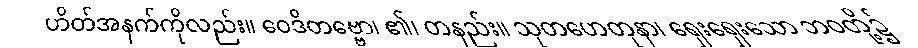
ဟိတ်အနက်ကိုလည်း။ ဝေဒိတဗ္ဗော၊ ၏၊ တနည်း။ သုတဟေတုနာ၊ ရှေးရှေးသော ဘဝတို့၌